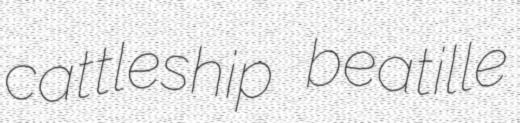
cattleship beatille